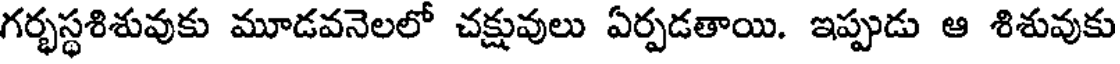
గర్భస్థశిశువుకు మూడవనెలలో చక్షువులు ఏర్పడతాయి. ఇప్పుడు ఆ శిశువుకు